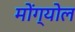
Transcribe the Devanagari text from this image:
मोंग्योल